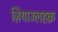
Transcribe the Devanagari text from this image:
ज़ियाउलहक़